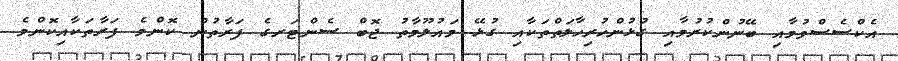
އެކްސެސްވުމާއި ބޭނުންކުރުމާއި ގުޅުންހުރިހާލަތްތަކާއި ގުޅޭ މައުލޫމާތު ޖޮބް ސެންޓަރގެ ފަރާތުން ކޮންމެ ފަރާތަކާއިކޮންމެ